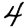
Digit: 4